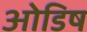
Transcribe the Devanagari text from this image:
ओडिष